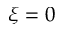
\xi = 0